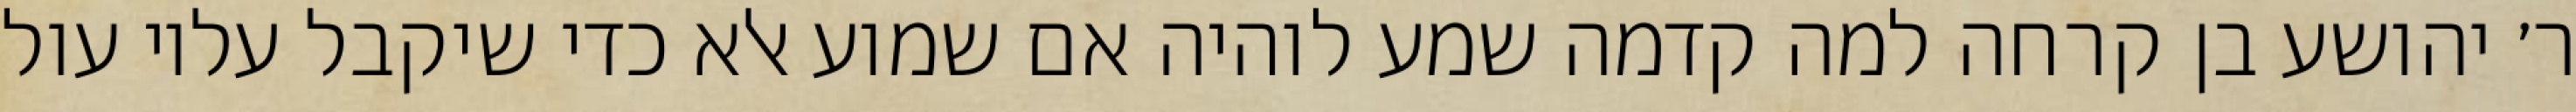
ר׳ יהושע בן קרחה למה קדמה שמע לוהיה אם שמוע אלא כדי שיקבל עליו עול